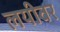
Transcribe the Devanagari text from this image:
लयीवर